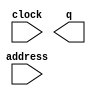
// megafunction wizard: %ROM: 1-PORT%VBB%
// GENERATION: STANDARD
// VERSION: WM1.0
// MODULE: altsyncram 

// ============================================================
// Megafunction Name(s):
// 			altsyncram
//
// Simulation Library Files(s):
// 			altera_mf
// ============================================================
// ************************************************************
// THIS IS A WIZARD-GENERATED FILE. DO NOT EDIT THIS FILE!
//
// 9.0 Build 132 02/25/2009 SJ Full Version
// ************************************************************

//Copyright (C) 1991-2009 Altera Corporation
//Your use of Altera Corporation's design tools, logic functions 
//and other software and tools, and its AMPP partner logic 
//functions, and any output files from any of the foregoing 
//(including device programming or simulation files), and any 
//associated documentation or information are expressly subject 
//to the terms and conditions of the Altera Program License 
//Subscription Agreement, Altera MegaCore Function License 
//Agreement, or other applicable license agreement, including, 
//without limitation, that your use is for the sole purpose of 
//programming logic devices manufactured by Altera and sold by 
//Altera or its authorized distributors.  Please refer to the 
//applicable agreement for further details.

module DynamicDelay_Start (
	address,
	clock,
	q);

	input	[0:0]  address;
	input	  clock;
	output	[127:0]  q;

endmodule

// ============================================================
// CNX file retrieval info
// ============================================================
// Retrieval info: PRIVATE: ADDRESSSTALL_A NUMERIC "0"
// Retrieval info: PRIVATE: AclrAddr NUMERIC "0"
// Retrieval info: PRIVATE: AclrByte NUMERIC "0"
// Retrieval info: PRIVATE: AclrOutput NUMERIC "0"
// Retrieval info: PRIVATE: BYTE_ENABLE NUMERIC "0"
// Retrieval info: PRIVATE: BYTE_SIZE NUMERIC "8"
// Retrieval info: PRIVATE: BlankMemory NUMERIC "0"
// Retrieval info: PRIVATE: CLOCK_ENABLE_INPUT_A NUMERIC "0"
// Retrieval info: PRIVATE: CLOCK_ENABLE_OUTPUT_A NUMERIC "0"
// Retrieval info: PRIVATE: Clken NUMERIC "0"
// Retrieval info: PRIVATE: IMPLEMENT_IN_LES NUMERIC "0"
// Retrieval info: PRIVATE: INIT_FILE_LAYOUT STRING "PORT_A"
// Retrieval info: PRIVATE: INIT_TO_SIM_X NUMERIC "0"
// Retrieval info: PRIVATE: INTENDED_DEVICE_FAMILY STRING "Cyclone III"
// Retrieval info: PRIVATE: JTAG_ENABLED NUMERIC "0"
// Retrieval info: PRIVATE: JTAG_ID STRING "NONE"
// Retrieval info: PRIVATE: MAXIMUM_DEPTH NUMERIC "0"
// Retrieval info: PRIVATE: MIFfilename STRING "DynamicDelay_Start.mif"
// Retrieval info: PRIVATE: NUMWORDS_A NUMERIC "2"
// Retrieval info: PRIVATE: RAM_BLOCK_TYPE NUMERIC "0"
// Retrieval info: PRIVATE: RegAddr NUMERIC "1"
// Retrieval info: PRIVATE: RegOutput NUMERIC "1"
// Retrieval info: PRIVATE: SYNTH_WRAPPER_GEN_POSTFIX STRING "0"
// Retrieval info: PRIVATE: SingleClock NUMERIC "1"
// Retrieval info: PRIVATE: UseDQRAM NUMERIC "0"
// Retrieval info: PRIVATE: WidthAddr NUMERIC "1"
// Retrieval info: PRIVATE: WidthData NUMERIC "128"
// Retrieval info: PRIVATE: rden NUMERIC "0"
// Retrieval info: CONSTANT: ADDRESS_ACLR_A STRING "NONE"
// Retrieval info: CONSTANT: CLOCK_ENABLE_INPUT_A STRING "BYPASS"
// Retrieval info: CONSTANT: CLOCK_ENABLE_OUTPUT_A STRING "BYPASS"
// Retrieval info: CONSTANT: INIT_FILE STRING "DynamicDelay_Start.mif"
// Retrieval info: CONSTANT: INTENDED_DEVICE_FAMILY STRING "Cyclone III"
// Retrieval info: CONSTANT: LPM_HINT STRING "ENABLE_RUNTIME_MOD=NO"
// Retrieval info: CONSTANT: LPM_TYPE STRING "altsyncram"
// Retrieval info: CONSTANT: NUMWORDS_A NUMERIC "2"
// Retrieval info: CONSTANT: OPERATION_MODE STRING "ROM"
// Retrieval info: CONSTANT: OUTDATA_ACLR_A STRING "NONE"
// Retrieval info: CONSTANT: OUTDATA_REG_A STRING "CLOCK0"
// Retrieval info: CONSTANT: WIDTHAD_A NUMERIC "1"
// Retrieval info: CONSTANT: WIDTH_A NUMERIC "128"
// Retrieval info: CONSTANT: WIDTH_BYTEENA_A NUMERIC "1"
// Retrieval info: USED_PORT: address 0 0 1 0 INPUT NODEFVAL address[0..0]
// Retrieval info: USED_PORT: clock 0 0 0 0 INPUT NODEFVAL clock
// Retrieval info: USED_PORT: q 0 0 128 0 OUTPUT NODEFVAL q[127..0]
// Retrieval info: CONNECT: @address_a 0 0 1 0 address 0 0 1 0
// Retrieval info: CONNECT: q 0 0 128 0 @q_a 0 0 128 0
// Retrieval info: CONNECT: @clock0 0 0 0 0 clock 0 0 0 0
// Retrieval info: LIBRARY: altera_mf altera_mf.altera_mf_components.all
// Retrieval info: GEN_FILE: TYPE_NORMAL DynamicDelay_Start.v TRUE
// Retrieval info: GEN_FILE: TYPE_NORMAL DynamicDelay_Start.inc TRUE
// Retrieval info: GEN_FILE: TYPE_NORMAL DynamicDelay_Start.cmp TRUE
// Retrieval info: GEN_FILE: TYPE_NORMAL DynamicDelay_Start.bsf TRUE
// Retrieval info: GEN_FILE: TYPE_NORMAL DynamicDelay_Start_inst.v TRUE
// Retrieval info: GEN_FILE: TYPE_NORMAL DynamicDelay_Start_bb.v TRUE
// Retrieval info: GEN_FILE: TYPE_NORMAL DynamicDelay_Start_waveforms.html TRUE
// Retrieval info: GEN_FILE: TYPE_NORMAL DynamicDelay_Start_wave*.jpg FALSE
// Retrieval info: LIB_FILE: altera_mf